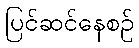
ပြင်ဆင်နေစဉ်